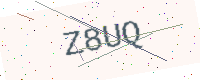
Text: Z8UQ